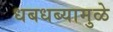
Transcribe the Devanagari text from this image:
धबधब्यामुळे